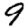
Digit: 9